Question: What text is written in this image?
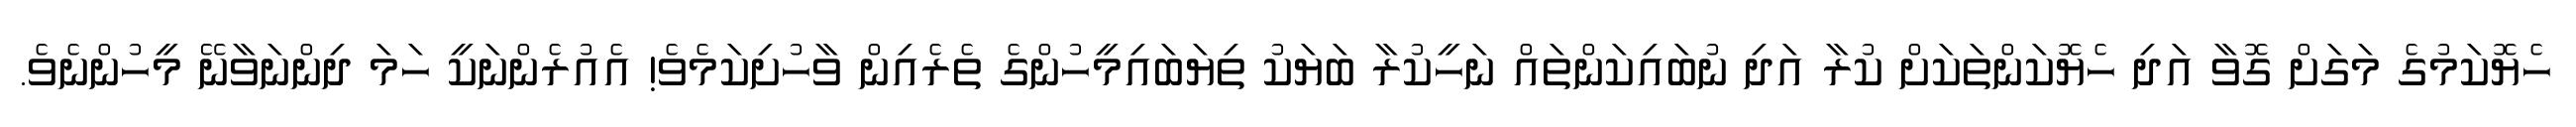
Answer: ހެޔޮކަމުގެ މަގަށް ގޮވާ އަދި ހެޔޮކަންތަކަށް ކުރާ އަދި ނުބައިކަންތައް ނަހީކުރާ ބަޔަކު ތިޔަބައިމީހުންގެ ތެރެއިން ވާހުށިކަމެވެ! އެއުރެންނަކީ ހަމަ ދިންނަވާނޭ މީހުންނެވެ.